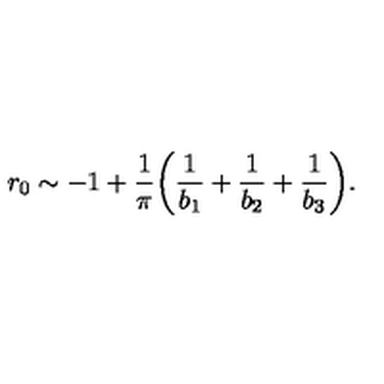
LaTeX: r _ { 0 } \sim - 1 + \frac { 1 } { \pi } \biggl ( \frac { 1 } { b _ { 1 } } + \frac { 1 } { b _ { 2 } } + \frac { 1 } { b _ { 3 } } \biggr ) .